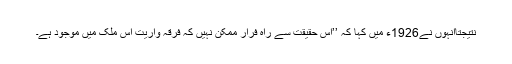
نتیجتاًانہوں نے1926ء میں کہا کہ ’’اس حقیقت سے راہِ فرار ممکن نہیں کہ فرقہ واریت اس ملک میں موجود ہے۔